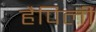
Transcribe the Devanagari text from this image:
हैपिली